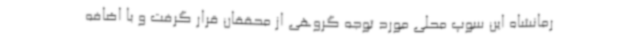
رمانشاه این سوپ محلی مورد توجه گروهی از محققان قرار گرفت و با اضافه